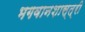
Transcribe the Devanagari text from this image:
भगवानशास्त्री